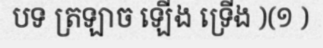
បទ ត្រឡាច ឡើង ទ្រើង )(១ )